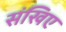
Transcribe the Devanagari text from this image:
संखिए